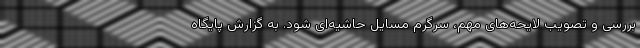
بررسی و تصویب لایحه‌های مهم، سرگرم مسایل حاشیه‌ای شود. به گزارش پایگاه